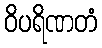
ဝိပရိဏတံ